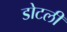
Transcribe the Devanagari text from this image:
डोटली